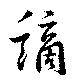
謫